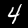
Digit: 4